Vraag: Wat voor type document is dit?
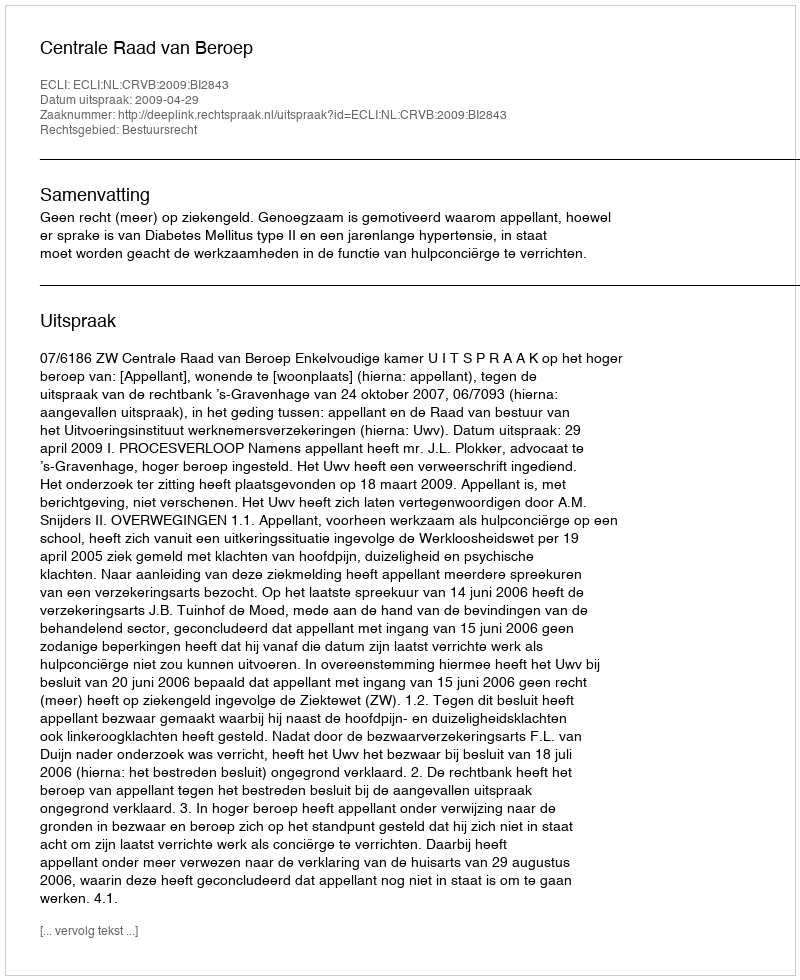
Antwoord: Uitspraak